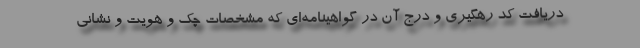
دریافت کد رهگیری و درج آن در گواهینامه‌ای که مشخصات چک و هویت و نشانی